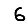
Digit: 6